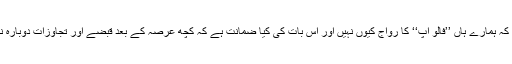
سب سے بڑھ کر یہ کہ ہمارے ہاں ’’فالو اپ‘‘ کا رواج کیوں نہیں اور اس بات کی کیا ضمانت ہے کہ کچھ عرصہ کے بعد قبضے اور تجاوزات دوبارہ نہیں اگنے لگیں گے؟